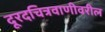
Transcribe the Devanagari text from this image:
दूरदचित्रवाणीवरील